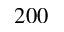
2 0 0